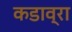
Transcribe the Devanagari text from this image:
कडाव्रा